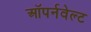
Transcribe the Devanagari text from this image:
ऑपर्नवेल्ट